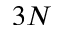
3 N